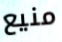
منيع